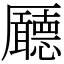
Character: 𠫊